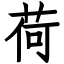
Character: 荷